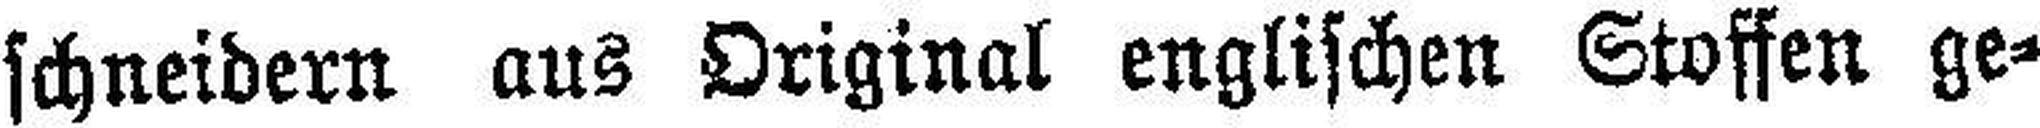
schneidern aus Original englischen Stoffen ge¬